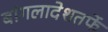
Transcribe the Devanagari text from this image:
बांगलादेशतर्फे